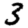
Digit: 3